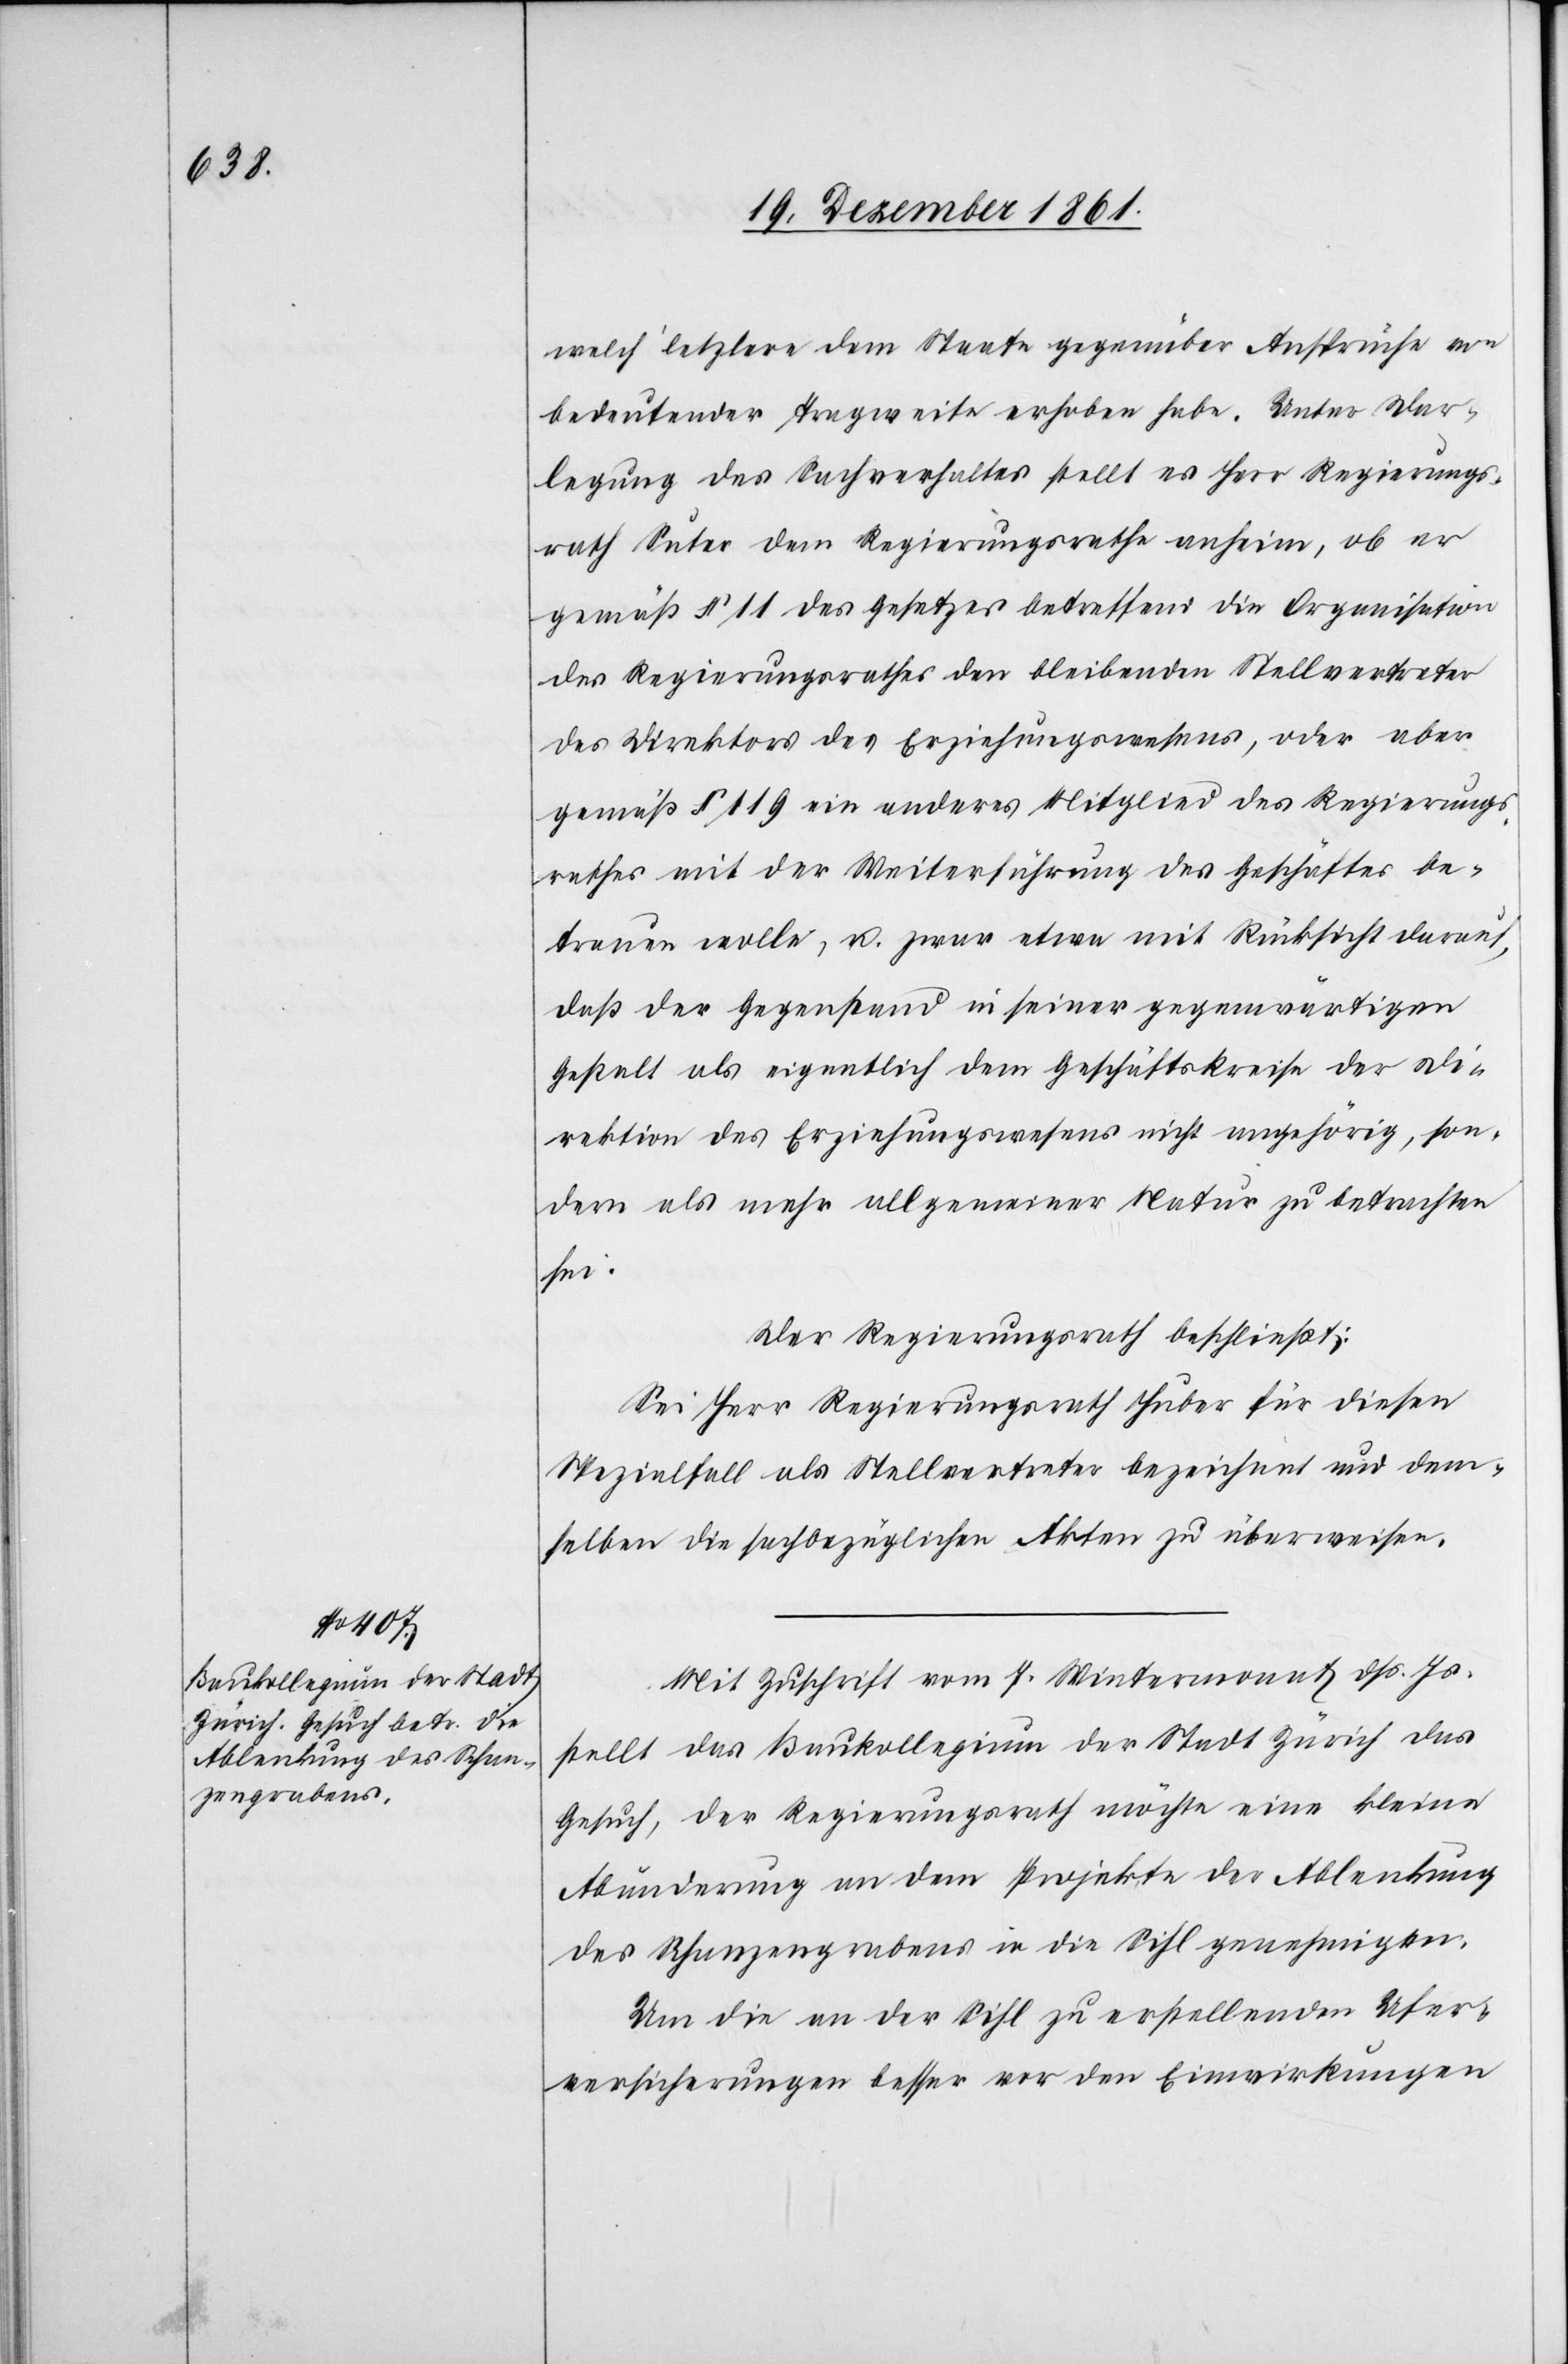
welch’ letztere dem Staate gegenüber Ansprüche von
bedeutender Tragweite erhoben habe. Unter Dar¬
legung des Sachverhaltes stellt es Herr Regierungs¬
rath Suter dem Regierungsrathe anheim, ob er
gemäß § 11 des Gesetzes betreffend die Organisation
des Regierungsrathes den bleibenden Stellvertreter
des Direktors des Erziehungswesens, oder aber
gemäß § 119 ein anderes Mitglied des Regierungs¬
rathes mit der Weiterführung des Geschäftes be¬
trauen wolle, u. zwar etwa mit Rücksicht darauf,
daß der Gegenstand in seiner gegenwärtigen
Gestalt als eigentlich dem Geschäftskreise der Di¬
rektion des Erziehungswesens nicht angehörig, son¬
dern als mehr allgemeiner Natur zu betrachten
sei.
Der Regierungsrath beschließt:
Sei Herr Regierungsrath Huber für diesen
Spezialfall als Stellvertreter bezeichnet und dem¬
selben die sachbezüglichen Akten zu überweisen.
Mit Zuschrift vom 7 Wintermonat dß. Js.
stellt das Baukollegium der Stadt Zürich das
Gesuch, der Regierungsrath möchte eine kleine
Abänderung an dem Projekte der Ablenkung
des Schanzengrabens in die Sihl genehmigen.
Um die an der Sihl zu erstellenden Ufer¬
versicherungen besser vor den Einwirkungen